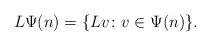
LaTeX: \begin{align*}L \Psi(n)=\{ Lv\colon v\in\Psi(n)\}.\end{align*}